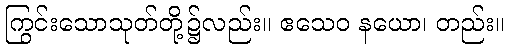
ကြွင်းသောသုတ်တို့၌လည်း။ ဧသေဝ နယော၊ တည်း။